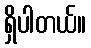
ရှိပါတယ်။